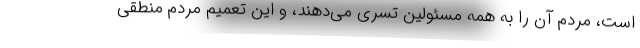
است، مردم آن را به همه مسئولین تسری می‌دهند، و این تعمیم مردم منطقی